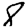
Digit: 8